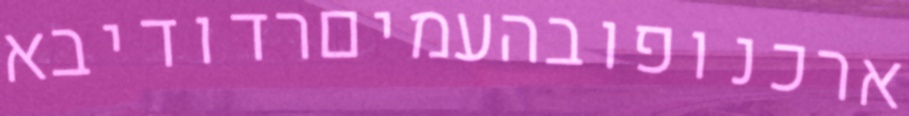
ארכנופובהעמיםרדודיבא